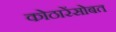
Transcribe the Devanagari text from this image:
कोठारेंसोबत